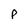
Character: P